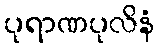
ပုရာဏပုလိနံ